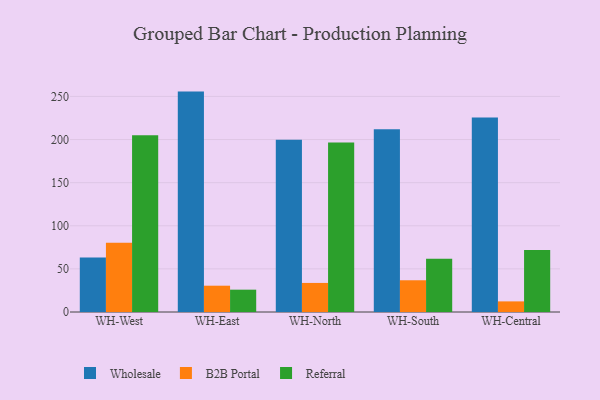
{"axis": {"x": "Warehouse", "y": "Conversion Rate (%)"}, "legend": ["B2B Portal", "Referral", "Wholesale"], "data": [{"x": "WH-West", "y": 63.3, "type": "Wholesale"}, {"x": "WH-West", "y": 80.3, "type": "B2B Portal"}, {"x": "WH-West", "y": 204.9, "type": "Referral"}, {"x": "WH-East", "y": 255.6, "type": "Wholesale"}, {"x": "WH-East", "y": 30.5, "type": "B2B Portal"}, {"x": "WH-East", "y": 25.9, "type": "Referral"}, {"x": "WH-North", "y": 199.9, "type": "Wholesale"}, {"x": "WH-North", "y": 33.7, "type": "B2B Portal"}, {"x": "WH-North", "y": 196.7, "type": "Referral"}, {"x": "WH-South", "y": 211.9, "type": "Wholesale"}, {"x": "WH-South", "y": 36.8, "type": "B2B Portal"}, {"x": "WH-South", "y": 61.8, "type": "Referral"}, {"x": "WH-Central", "y": 225.7, "type": "Wholesale"}, {"x": "WH-Central", "y": 12.3, "type": "B2B Portal"}, {"x": "WH-Central", "y": 72.0, "type": "Referral"}]}